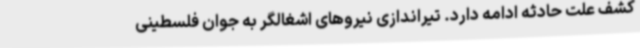
کشف علت حادثه ادامه دارد. تیراندازی نیروهای اشغالگر به جوان فلسطینی